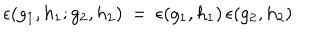
\epsilon ( g _ { 1 } , h _ { 1 } ; g _ { 2 } , h _ { 2 } ) \: = \: \epsilon ( g _ { 1 } , h _ { 1 } ) \, \epsilon ( g _ { 2 } , h _ { 2 } )